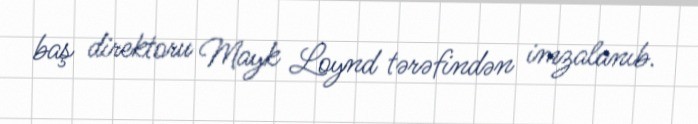
baş direktoru Mayk Loynd tərəfindən imzalanıb.